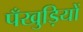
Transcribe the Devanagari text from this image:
पँखुड़ियों